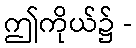
ဤကိုယ်၌ -